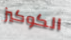
الكوكيز